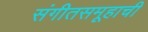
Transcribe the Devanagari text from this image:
संगीतसमूहाची